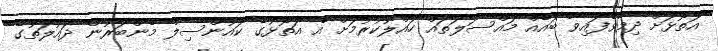
އަތޮޅަށް ދިމާވެފައިވާ ބައެއް މައްސަލަތައް ހައްލުކުރުމަށް އެ އަތޮޅުގެ ކައުންސިލް މެންބަރުން ދައުލަތުގެ